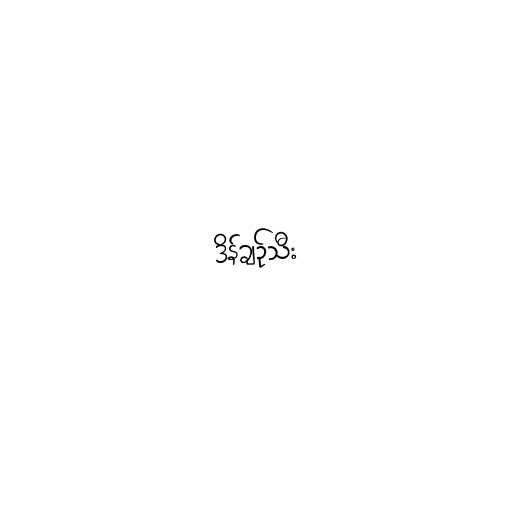
ဒိန်ချဉ်သီး